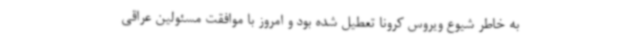
به خاطر شیوع ویروس کرونا تعطیل شده بود و امروز با موافقت مسئولین عراقی